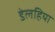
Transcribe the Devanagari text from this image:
डेलहिया